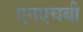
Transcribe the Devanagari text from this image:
एनएचबी